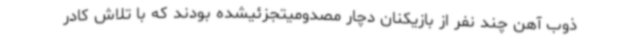
ذوب آهن چند نفر از بازیکنان دچار مصدومیتجزئیشده بودند که با تلاش کادر